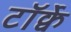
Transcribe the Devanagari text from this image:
टॉर्क्वे